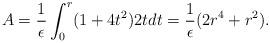
LaTeX: \begin{align*}A = {1\over \epsilon} \int_0^r (1 + 4 t^2) 2 t d t = {1\over \epsilon} (2 r^4 + r^2).\end{align*}